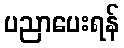
ပညာပေးရန်